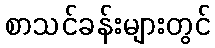
စာသင်ခန်းများတွင်